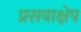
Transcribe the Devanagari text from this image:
प्रसवाक्षेप